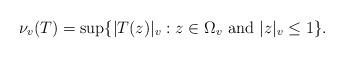
LaTeX: \begin{align*} \nu_v(T) = \sup\{|T(z)|_v: z\in\Omega_v\ \mathrm{and}\ |z|_v\leq 1\}.\end{align*}